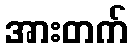
အားတက်